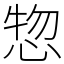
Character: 惣